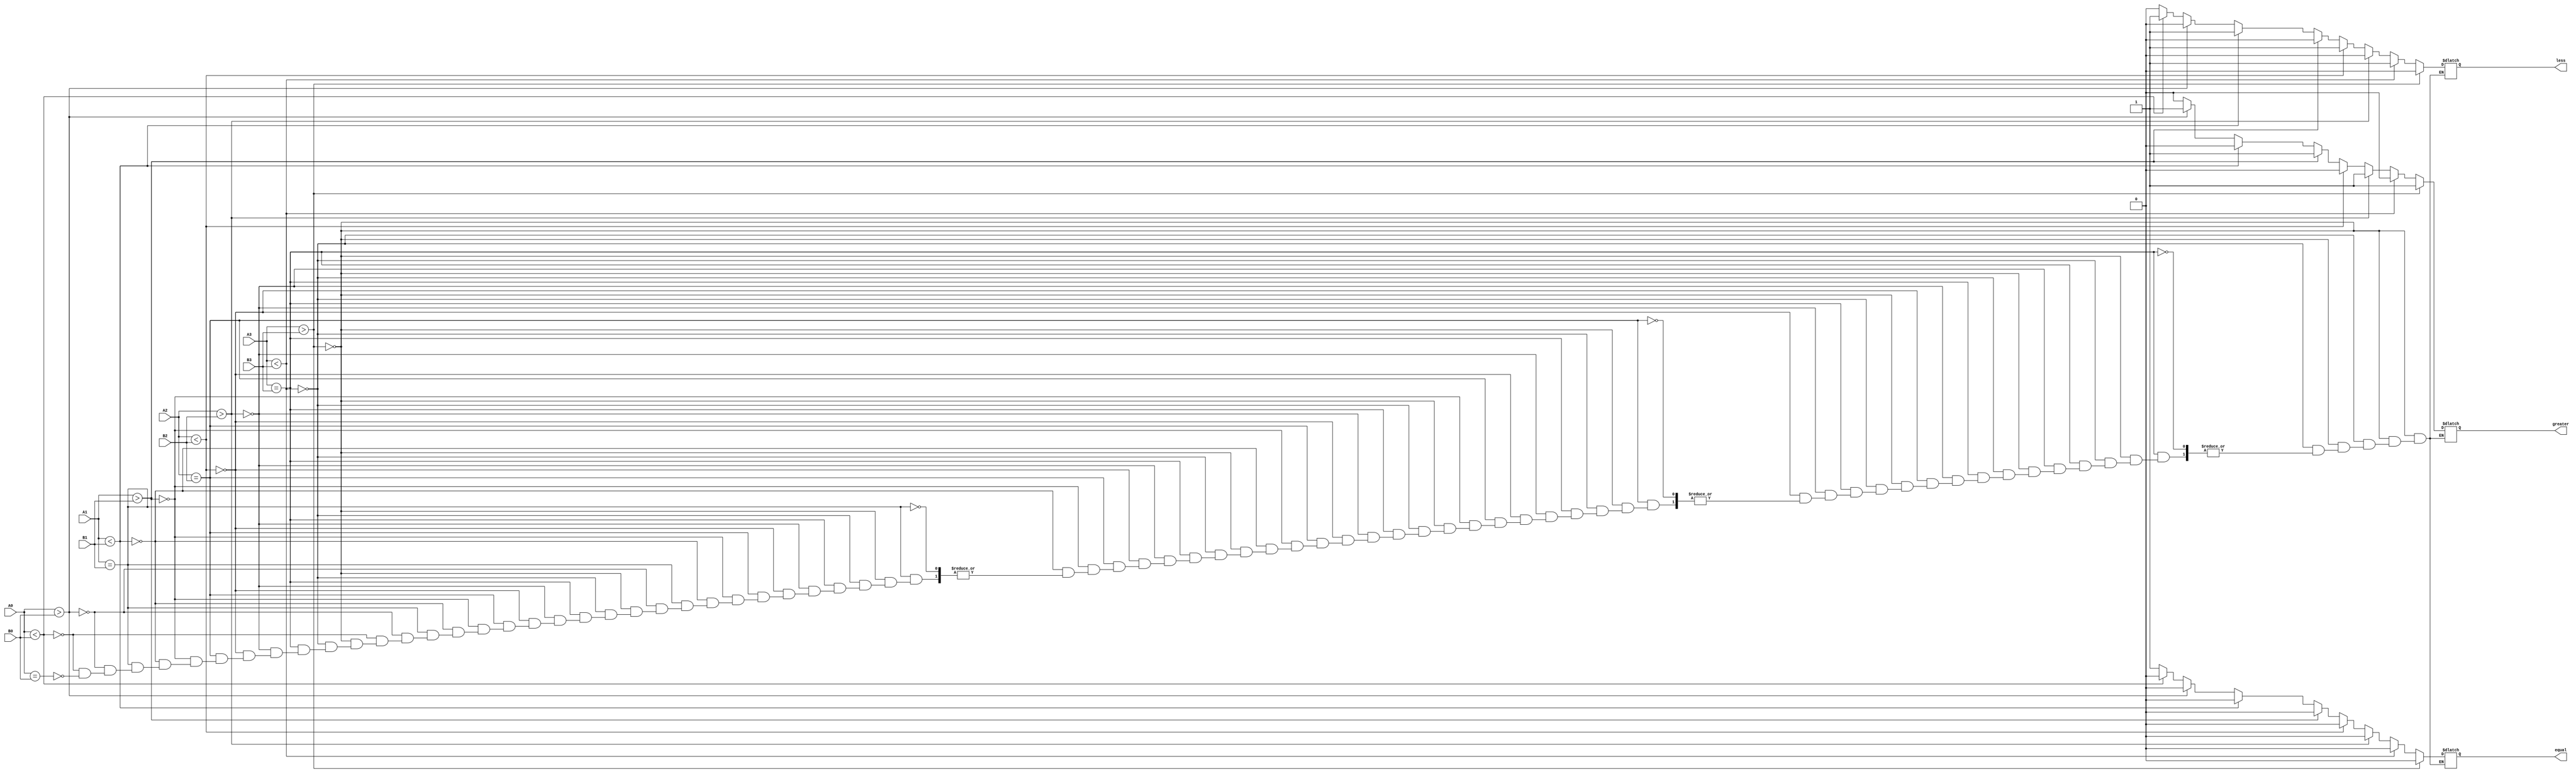
    module comparator_behavorial(
    output reg less, equal, greater,
    input A3, A2, A1, A0, B3, B2, B1, B0
    );

    always @(A3 or A2 or A1 or A0 or B3 or B2 or B1 or B0)
     begin
        if(A3>B3)   begin  
            less = 0;
            equal = 0;
            greater = 1;    end
        else if(A3<B3) begin 
            less = 1;
            equal = 0;
            greater = 0;    end
        else if(A3==B3)    begin 
             if(A2>B2)   begin  
            less = 0;
            equal = 0;
            greater = 1;    end
            else if(A2<B2) begin 
            less = 1;
            equal = 0;
            greater = 0;    end
            else if(A2==B2)    begin 
                if(A1>B1)   begin  
                less = 0;
                equal = 0;
                greater = 1;    end
                else if(A1<B1) begin 
                less = 1;
                equal = 0;
                greater = 0;    end
                else if(A1==B1)    begin 
                    if(A0>B0)   begin  
                    less = 0;
                    equal = 0;
                    greater = 1;    end
                    else if(A0<B0) begin 
                    less = 1;
                    equal = 0;
                    greater = 0;    end
                    else if(A0==B0) begin 
                    less = 0;
                    equal = 1;
                    greater = 0;    end
            end
            end
        end 
    end
endmodule